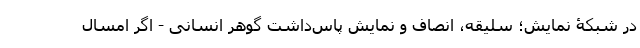
در شبکۀ نمایش؛ سلیقه، انصاف و نمایشِ پاس‌داشتِ گوهر انسانی - اگر امسال